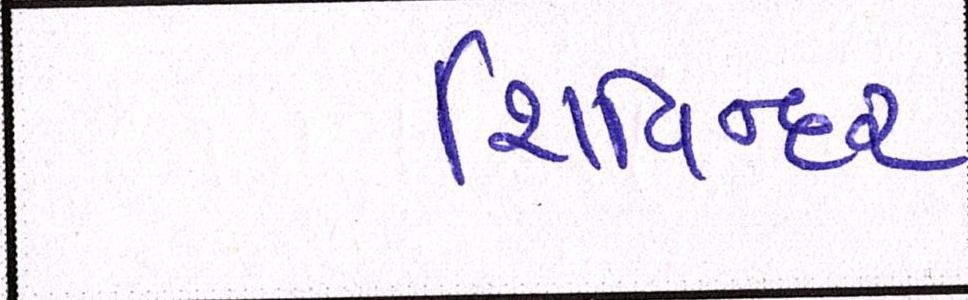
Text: શિવિન્દર